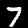
Label: 7